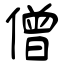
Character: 僧